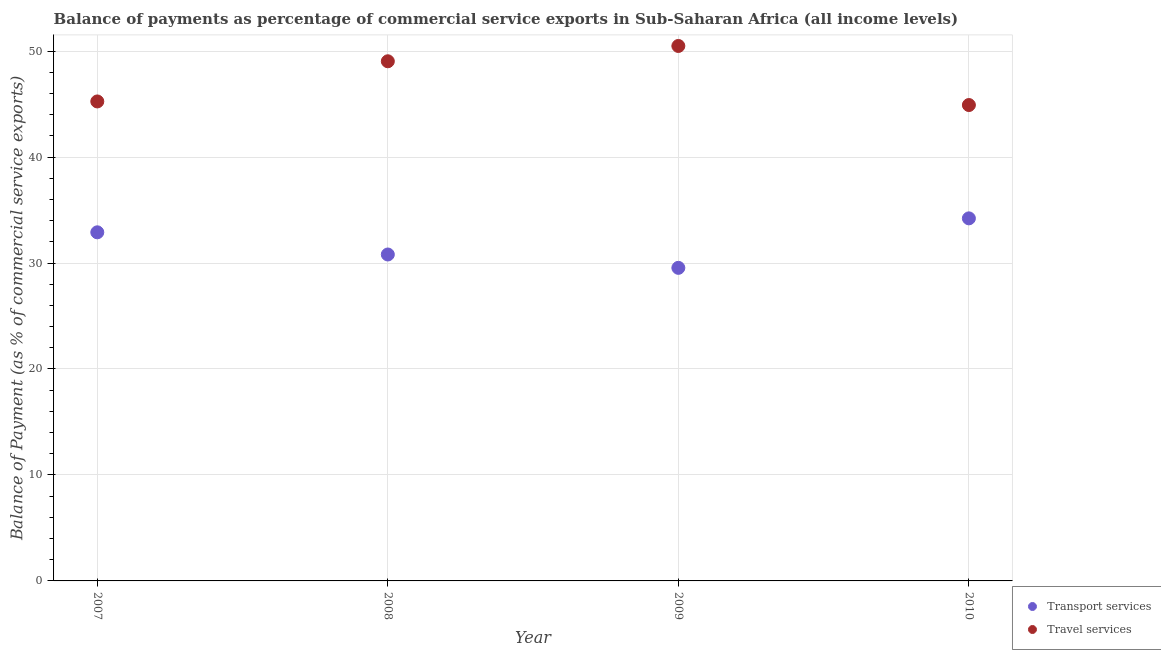
| Year | Transport services | Travel services |
 | --- | --- | --- |
 | 2007 | 32.9 | 45.2 |
 | 2008 | 30.8 | 49 |
 | 2009 | 29.5 | 50.5 |
 | 2010 | 34.2 | 44.9 |